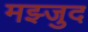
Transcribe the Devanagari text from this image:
मझ्जुद